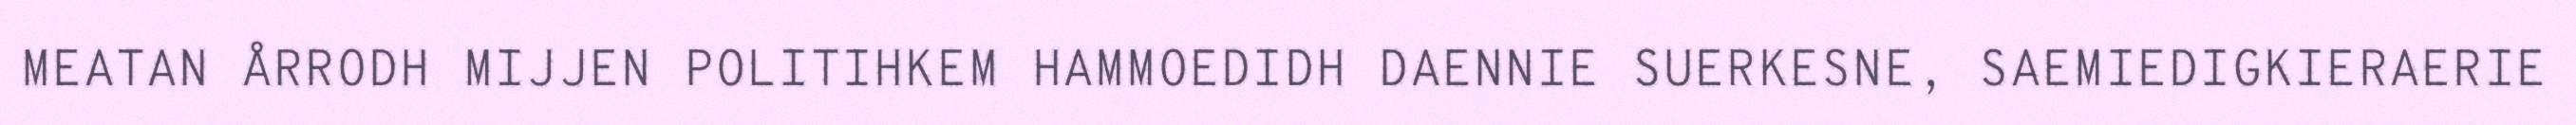
MEATAN ÅRRODH MIJJEN POLITIHKEM HAMMOEDIDH DAENNIE SUERKESNE, SAEMIEDIGKIERAERIE